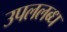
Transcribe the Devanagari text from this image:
उपललब्ध